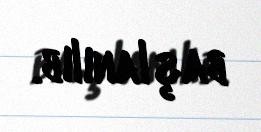
başlanılıb.